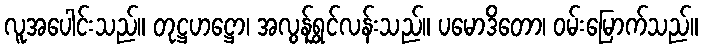
လူအပေါင်းသည်။ တုဋ္ဌဟဋ္ဌော၊ အလွန်ရွှင်လန်းသည်။ ပမောဒိတော၊ ဝမ်းမြောက်သည်။